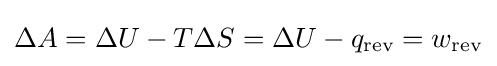
\Delta A=\Delta U-T\Delta S=\Delta U-q_{\text{rev}}=w_{\text{rev}}